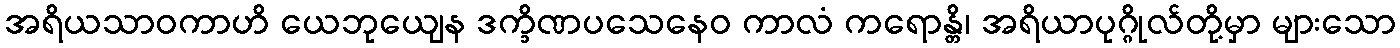
အရိယသာဝကာဟိ ယေဘုယျေန ဒက္ခိဏပသေနေဝ ကာလံ ကရောန္တိ၊ အရိယာပုဂ္ဂိုလ်တို့မှာ များသော